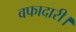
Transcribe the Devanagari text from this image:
वफादारी।